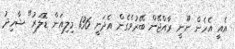
އެއީ އެހެން ނޫނީ ރާއްޖޭން ބޭރުވެގެން އެދަނީ 136 މިލިއަން ޑޮލަރު" ޝާހިދު